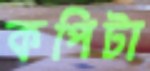
কপিটা